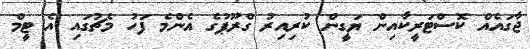
ޖާގައެއް ކޮސްޓަރީކާއިން ޔަގީން ކުރިއިރު ގްރޫޕުގެ އެންމެ ފަހު މެޗުގައި އެ ޓީމް